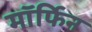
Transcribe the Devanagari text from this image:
माॅर्फिन